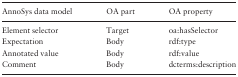
| AnnoSys data model | OA part | OA property |
 | --- | --- | --- |
 | Element selector | Target | oa:hasSelector |
 | Expectation | Body | rdf:type |
 | Annotated value | Body | rdf:value |
 | Comment | Body | dcterms:description |